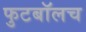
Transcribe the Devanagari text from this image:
फुटबाॅलच